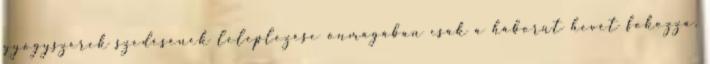
gyógyszerek szedésének leleplezése önmagában csak a háborút hevét fokozza.